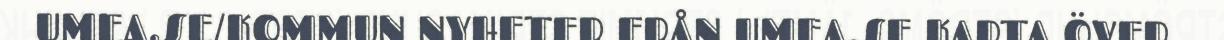
UMEA.SE/KOMMUN NYHETER FRÅN UMEA.SE KARTA ÖVER